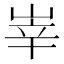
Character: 峷